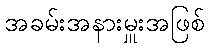
အခမ်းအနားမှူးအဖြစ်